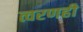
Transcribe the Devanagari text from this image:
त्वरणही